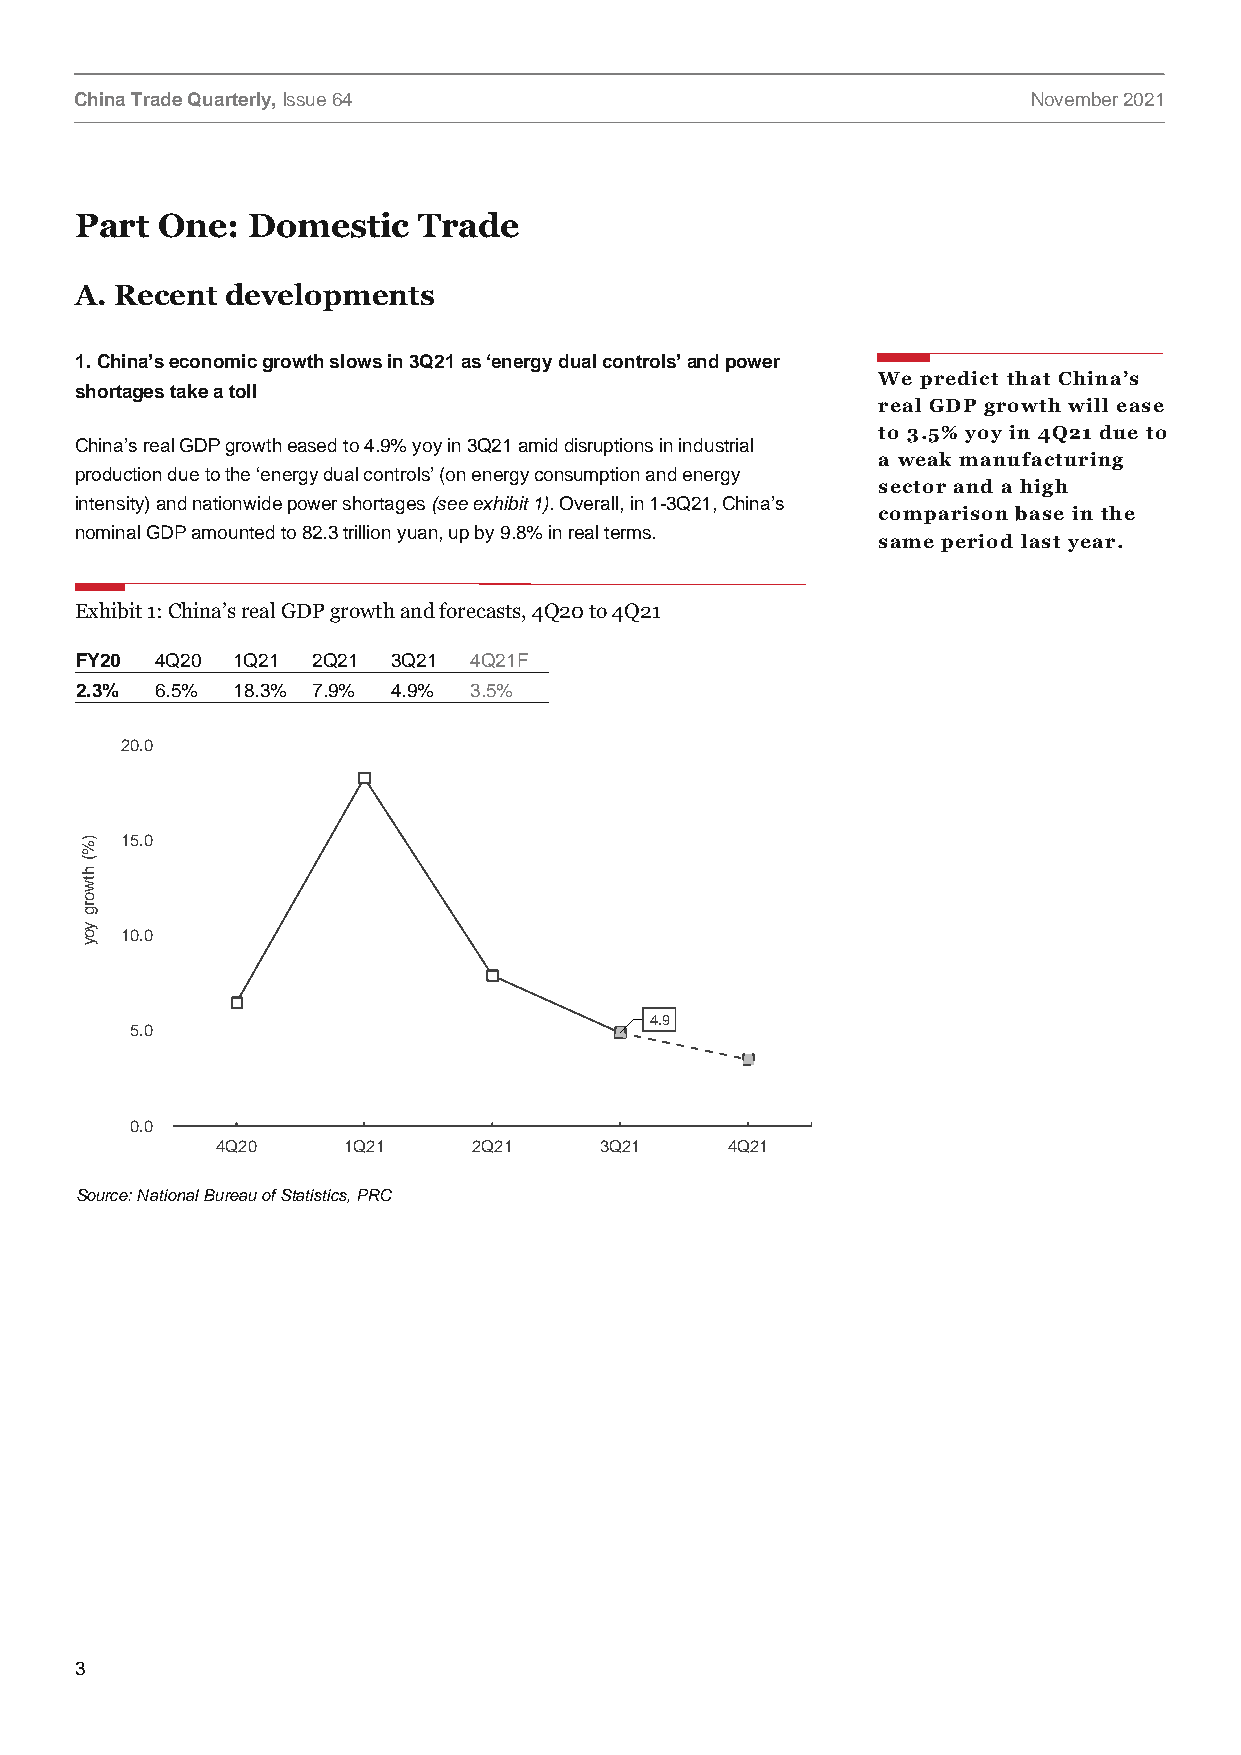
China Trade Quarterly, Issue 64                                November 2021
 Part One:  Domestic    Trade
 A. Recent developments
 1. China’s economic growth slows in 3Q21 as ‘energy dual controls’ and power
 We predict that China’s
 shortages take a toll
 real GDP growth will ease
 to 3.5% yoy in 4Q21 due to
 China’s real GDP growth eased to 4.9% yoy in 3Q21 amid disruptions in industrial
 a weak manufacturing
 production due to the ‘energy dual controls’ (on energy consumption and energy
 sector and a high
 intensity) and nationwide power shortages (see exhibit 1). Overall, in 1-3Q21, China’s
 comparison base in the
 nominal GDP amounted to 82.3 trillion yuan, up by 9.8% in real terms.
 same period last year.
 Exhibit 1: China’s real GDP growth and forecasts, 4Q20 to 4Q21
 FY20 4Q20 1Q21  2Q21 3Q21 4Q21F
 2.3% 6.5% 18.3% 7.9% 4.9% 3.5%
 20.0
 )% 15.0
 (
 h
 tw
 o
 rg
 y
 o  10.0
 y
 4.9
 5.0
 0.0
 4Q20     1Q21    2Q21     3Q21    4Q21
 Source: National Bureau of Statistics, PRC
 3